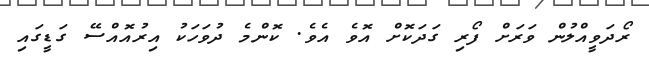
ރޯދަވީއްލުން ވަރަށް ފޯރި ގަދަކޮށް އޮވެ އެވެ. ކޮންމެ ދުވަހަކު އިރުއޮއްސޭ ގަޑީގައި